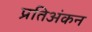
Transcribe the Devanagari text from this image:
प्रतिअंकन